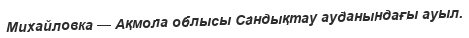
Михайловка — Ақмола облысы Сандықтау ауданындағы ауыл.